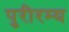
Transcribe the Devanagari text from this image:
पुरीरम्य